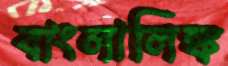
বাংলালিঙ্ক